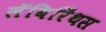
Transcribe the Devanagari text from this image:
लॅबिरिंथस